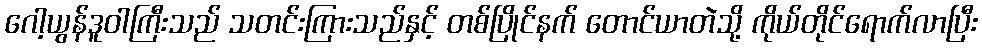
ဂေါ့ယွန်ဒူဝါကြီးသည် သတင်းကြားသည်နှင့် တစ်ပြိုင်နက် တောင်ယာတဲသို့ ကိုယ်တိုင်ရောက်လာပြီး